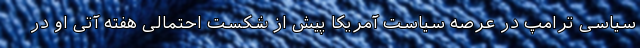
سیاسی ترامپ در عرصه سیاست آمریکا پیش از شکست احتمالی هفته آتی او در